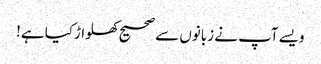
ویسے آپ نے زبانوں سے صحیح کھلواڑکیا ہے!